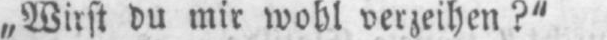
„Wirst du mir wohl verzeihen?“